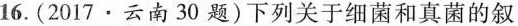
16.(2017·云南30题)下列关于细菌和真菌的叙